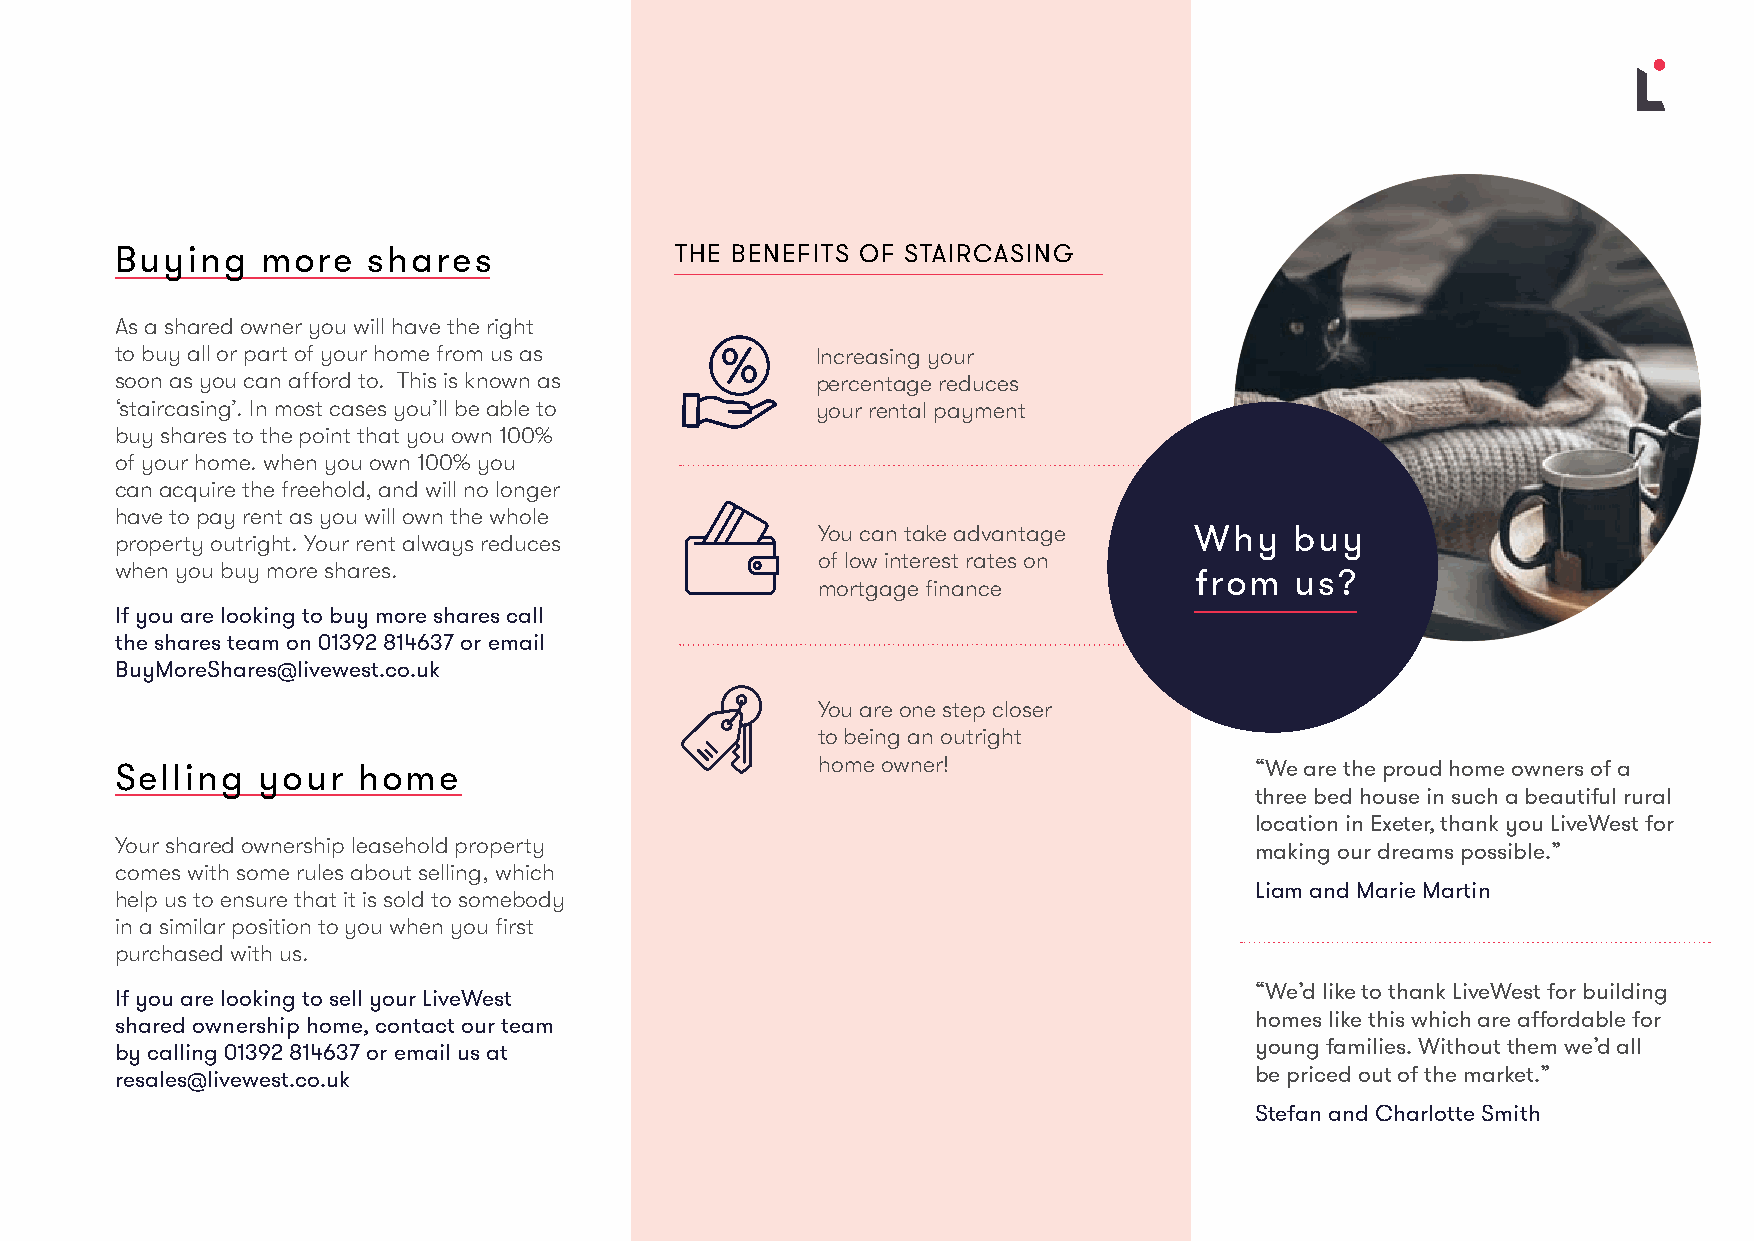
Buying   more   shares               THE BENEFITS OF STAIRCASING
 As a shared owner you will have the right
 to buy all or part of your home from us as    Increasing your
 soon as you can afford to. This is known as   percentage reduces
 ‘staircasing’. In most cases you’ll be able to your rental payment
 buy shares to the point that you own 100%
 of your home. when you own 100% you
 can acquire the freehold, and will no longer
 have to pay rent as you will own the whole
 You can take advantage   Why    buy
 property outright. Your rent always reduces
 of low interest rates on
 when you buy more shares.
 from   us?
 mortgage finance
 If you are looking to buy more shares call
 the shares team on 01392 814637 or email
 BuyMoreShares@livewest.co.uk
 You are one step closer
 to being an outright
 Selling  your   home                          home owner!                  “We are the proud home owners of a
 three bed house in such a beautiful rural
 location in Exeter, thank you LiveWest for
 Your shared ownership leasehold property
 making our dreams possible.”
 comes with some rules about selling, which
 Liam and Marie Martin
 help us to ensure that it is sold to somebody
 in a similar position to you when you first
 purchased with us.
 “We’d like to thank LiveWest for building
 If you are looking to sell your LiveWest
 homes like this which are affordable for
 shared ownership home, contact our team
 by calling 01392 814637 or email us at                                     young families. Without them we’d all
 resales@livewest.co.uk                                                     be priced out of the market.”
 Stefan and Charlotte Smith